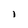
Character: i